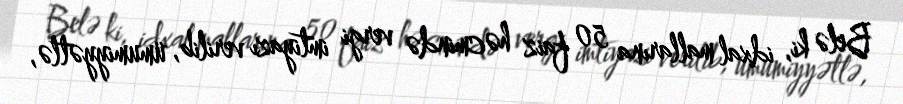
Belə ki, idxal mallarına 50 faiz həcmində vergi imtiyazı verilib, ümumiyyətlə,